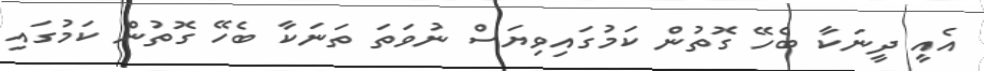
އެއީ ދީނަކާ ބެހޭ ގޮތުން ކަމުގައިވިޔަސް ނުވަތަ ތަނަކާ ބެހޭ ގޮތުން ކަމުގައި